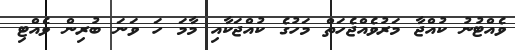
ވެއްޓުނު ކުއްޖާ މަރުވެއްޖެހަތް މަހުގެ ކުއްޖަކާއި މާމަ ހަ ވަނަ ބުރިން ވެއްޓި